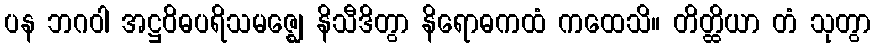
ပန ဘဂဝါ အဋ္ဌဝိဓပရိသမဇ္ဈေ နိသီဒိတွာ နိရောဓကထံ ကထေသိ။ တိတ္ထိယာ တံ သုတွာ